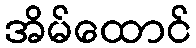
အိမ်ထောင်